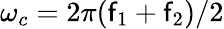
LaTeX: \omega_{c}=2\pi(\mathsf{f}_{1}+\mathsf{f}_{2})/2